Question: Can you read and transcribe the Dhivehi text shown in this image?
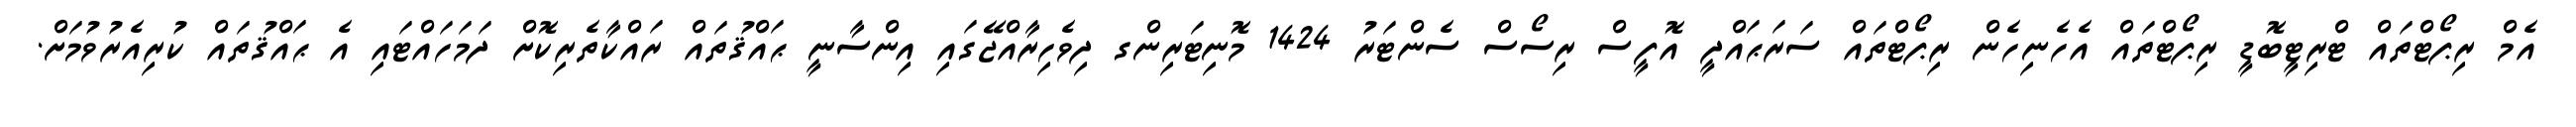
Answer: އެމް ރިޕޯޓްތައް ޓްރިޓީބޮޑީ ރިޕޯޓްތައް އެހެނިހެން ރިޕޯޓްތައް ސަރަޙައްދީ އޮފީސް ރިސޯސް ސެންޓަރު 1424 މޮނިޓަރިންގ ދިވެހިރާއްޖޭގައި އިންސާނީ ޙައްޤުތައް ރައްކާތެރިކޮށް ދަމަހައްޓައި އެ ޙައްޤުތައް ކުރިއެރުވުމަށް.